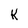
Character: K